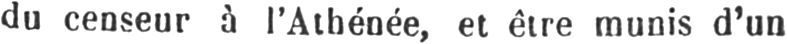
du censeur à l’Athénée, et être munis d’un